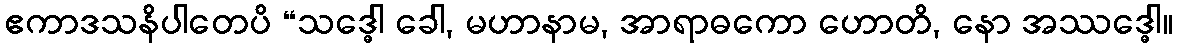
ဧကာဒသနိပါတေပိ “သဒ္ဓေါ ခေါ, မဟာနာမ, အာရာဓကော ဟောတိ, နော အဿဒ္ဓေါ။